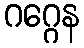
ဂဂ္ဂေန